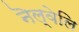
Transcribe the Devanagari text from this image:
नॆल्वेलि